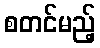
စတင်မည့်